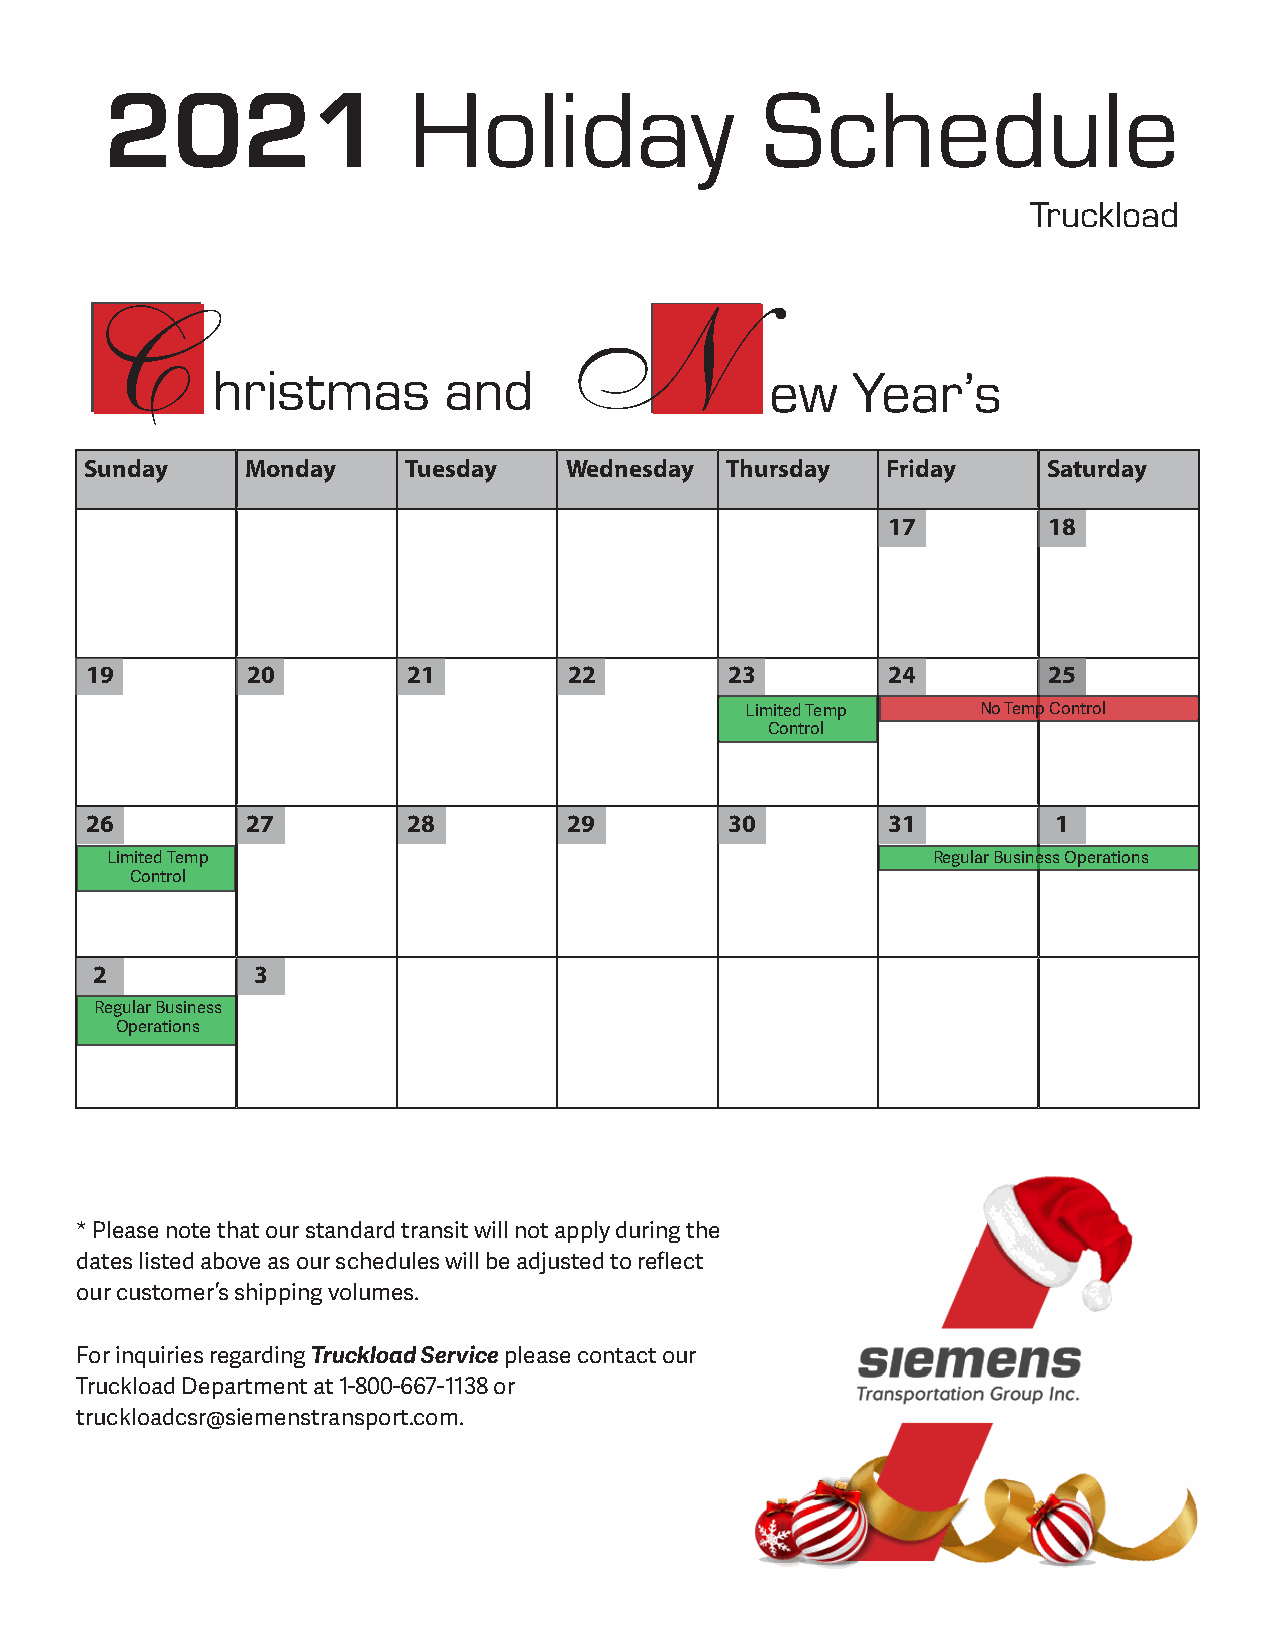
2021                Holiday                Schedule
 Truckload
 C                               N
 hristmas       and                   ew   Year’s
 Sunday    Monday     Tuesday   Wednesday  Thursday   Friday    Saturday
 17        18
 19        20         21         22        23         24        25
 Limited Temp    No Temp Control
 Control
 26        27         28         29        30         31         1
 Limited Temp                                           Regular Business Operations
 Control
 2          3
 Regular Business
 Operations
 * Please note that our standard transit will not apply during the
 dates listed above as our schedules will be adjusted to reflect
 our customer’s shipping volumes.
 For inquiries regarding Truckload Service please contact our
 Truckload Department at 1-800-667-1138 or
 truckloadcsr@siemenstransport.com.